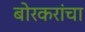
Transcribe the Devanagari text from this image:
बोरकरांचा